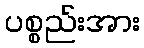
ပစ္စည်းအား